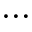
\ldots